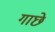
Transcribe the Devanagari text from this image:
गाछे